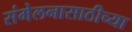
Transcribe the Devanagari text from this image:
संमेलनासाठीच्या